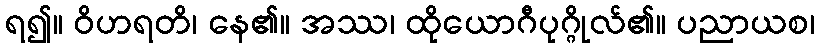
ရ၍။ ဝိဟရတိ၊ နေ၏။ အဿ၊ ထိုယောဂီပုဂ္ဂိုလ်၏။ ပညာယစ၊